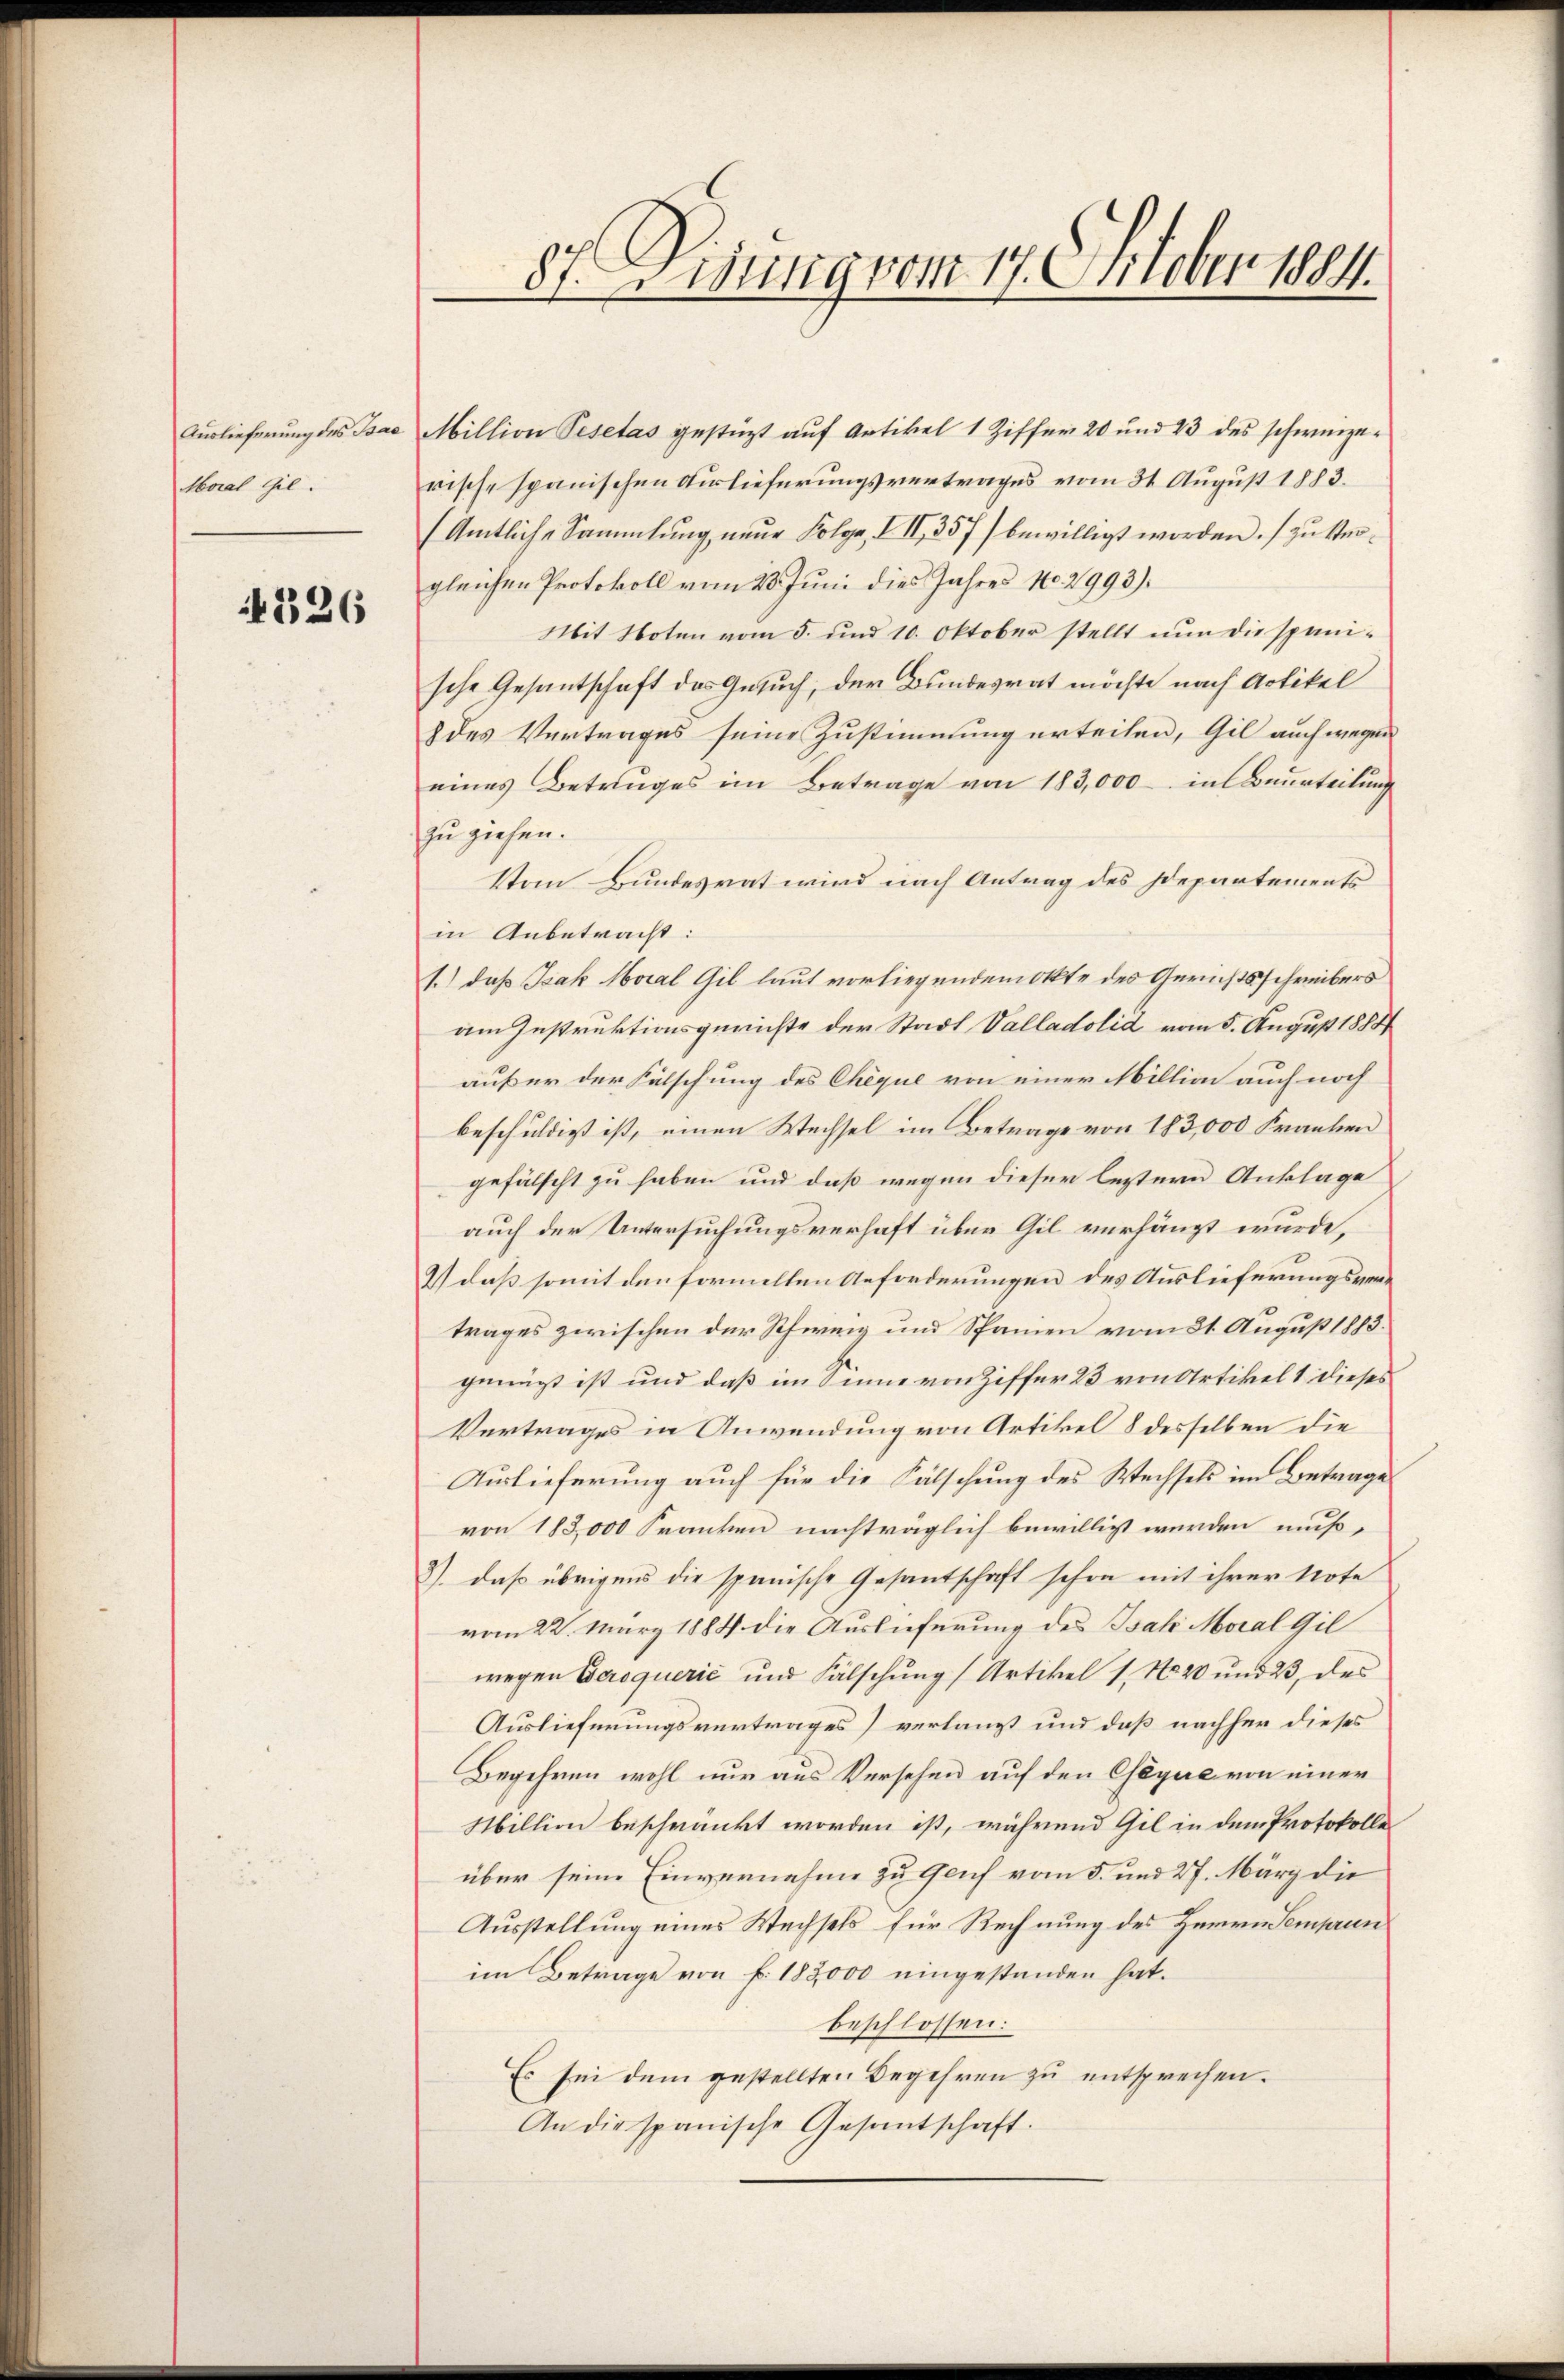
Auslieferung des Bac
Moral Gil.

326

87. Lisung vom 17. Oktober 18811.

Million Pesetas gestüzt auf Artikel 1 Ziffer 20 und 43 des schweizerische spanischen Verlieferungsvertrages vom 31 August 1883.
Amtlich-Sammlung neŭe Folge, III 357) bewilligt worden.) zu steigleichen Protokoll vom 20. Juni dies Jahres No. 2993).
Mit Noten vom 5. und 10. Oktober stellt nun die spanische Gesantschaft das Gesuch, der Bundesrat möchte nach Artikel
des Vertrages seine Zustimmung erteilen, Gil auch wegen
eines Betruges im Betrage von 183,000 in Beurteilung
zu ziehen.
Vom Bundesrat wird nach Antrag des Departements
in Anbetracht:
1.) Daß Isak Moral Gil laut vorliegendemokte des Gerichtsschreibers
am Instruktionsgerichte der Stadt Valladolid vom 5. August 1888
außer der Fälschung des Chèque von einer Million auch noch
beschuldigt ist, einen Wechsel im Betrage von 183,000 Franken
gefälscht zu haben und daß wegen dieser leztern Anklage
auch der Untersuchungsverhaft über Gil verhängt wurde,
2) daß somit den formellen Anforderungen des Auslieferungsvertrages zwischen der Schweig und Spanien vom 21. August 1883.
genügt ist und daß im Sinne von Ziffer 23 von Artikel 1 dieses
Vertrages in Anwendung von Artikel 8 desselben die
Auslieferung auch für die Fälschung des Wechsels im Betrage
von 183,000 Franken nachträglich bewilligt werden muß¬
3) daß übrigens die spanische Gesantschaft schon mit ihrer Note
vom 22. März 1884 die Auslieferung des Isak Moral Gil
wegen Seroquerić und Fälschung (Artikel 1, No. 20 und 23, des
Auslieferungsvertrages) verlangt und daß nachher dieses
Begehren wohl nur aus Versehen auf den Gegen von einer
Million beschränkt worden ist, während Gil in dem Protokolle
über seine Einvernahme zu Genf vom 5. und 27. März die
Ausstellung eines Wechsels für Rechnung des Herrn Semprun
im Betrage von f. 183,000 eingestanden hat.
beschlossen:
Es sei dem gestellten Begehren zu entsprechen.
An die spanische Gesantschaft.